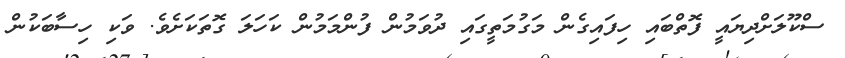
ސްކޫލަށްދިޔައީ ފޮތްބައި ހިފައިގެން މަގުމަތީގައި ދުވަމުން ފުންމަމުން ކަހަލަ ގޮތަކަށެވެ. ވަކި ހިސާބަކުން